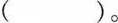
( )。